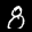
Label: 8